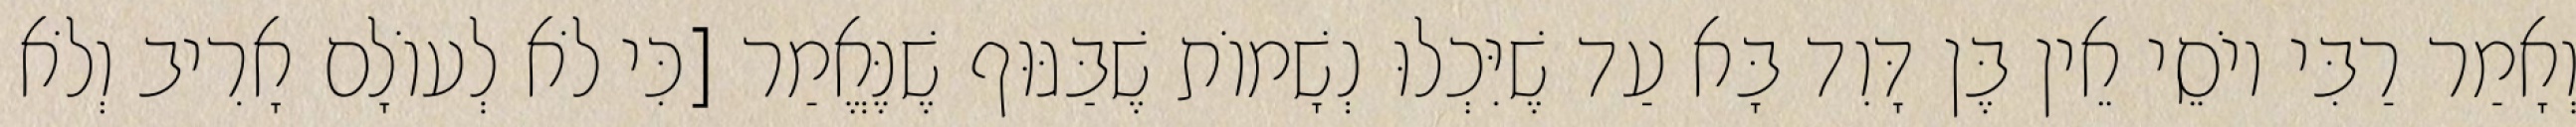
וְאָמַר רַבִּי יוֹסֵי אֵין בֶּן דָּוִד בָּא עַד שֶׁיִּכְלוּ נְשָׁמוֹת שֶׁבַּגּוּף שֶׁנֶּאֱמַר [כִּי לֹא לְעוֹלָם אָרִיב וְלֹא